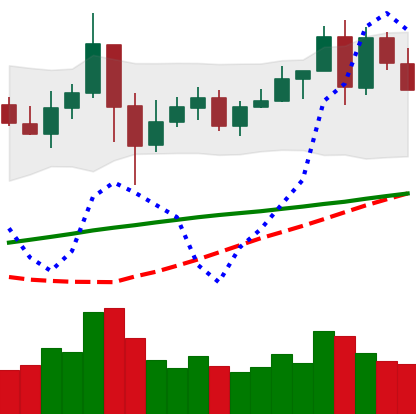
Ticker: LINK-USD
Chart end date: 2020-05-24
Forward return: 3.917%
Label: up_3_5